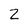
Character: 2